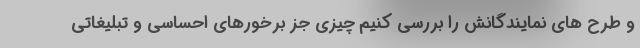
و طرح های نمایندگانش را بررسی کنیم چیزی جز برخورهای احساسی و تبلیغاتی